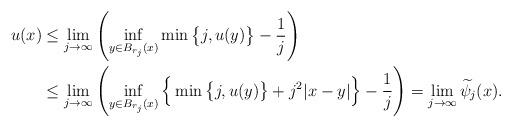
LaTeX: \begin{align*}u(x) &\leq \lim_{j \to \infty} \left( \inf_{y\in B_{r_j}(x)} \min\big\{j,u(y)\big\} -\frac1{j} \right)\\&\le \lim_{j \to \infty} \left( \inf_{y\in B_{r_j}(x)} \Big\{\min\big\{j,u(y)\big\} + j^2 |x-y| \Big\} - \frac1{j}\right)= \lim_{j \to \infty} \widetilde \psi_j(x).\end{align*}